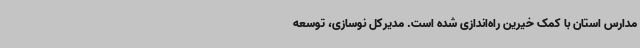
مدارس استان با کمک خیرین راه‌اندازی شده است. مدیرکل نوسازی، توسعه